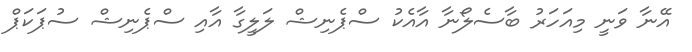
އޭނާ ވަނީ މިއަހަރު ބާސެލޯނާ އާއެކު ސްޕެނިޝް ލަލީގާ އާއި ސްޕެނިޝް ސުޕަކަޕް